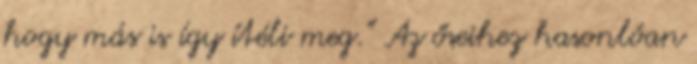
hogy más is így ítéli meg.” Az őseihez hasonlóan